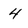
Character: 4